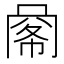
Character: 𢃹